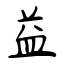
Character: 益